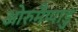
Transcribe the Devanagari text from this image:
ओरुमैप्पाडु